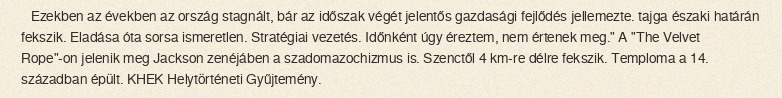
Ezekben az években az ország stagnált, bár az időszak végét jelentős gazdasági fejlődés jellemezte. tajga északi határán fekszik. Eladása óta sorsa ismeretlen. Stratégiai vezetés. Időnként úgy éreztem, nem értenek meg." A "The Velvet Rope"-on jelenik meg Jackson zenéjáben a szadomazochizmus is. Szenctől 4 km-re délre fekszik. Temploma a 14. században épült. KHEK Helytörténeti Gyűjtemény.